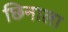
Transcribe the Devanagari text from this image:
छिनाला